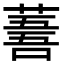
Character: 𦸭